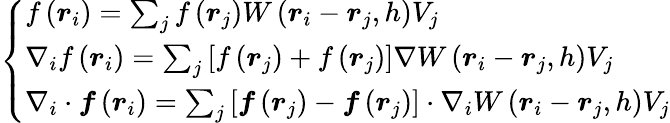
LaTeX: \left\{ \begin{array}{l}{f\left(\boldsymbol{r}_{i}\right)=\sum_{j}f\left(\boldsymbol{r}_{j}\right)W\left(\boldsymbol{r}_{i}-\boldsymbol{r}_{j},h\right)V_{j}}\\ {\nabla_{i}f\left(\boldsymbol{r}_{i}\right)=\sum_{j}\left[f\left(\boldsymbol{r}_{j}\right)+f\left(\boldsymbol{r}_{j}\right)\right]\nabla W\left(\boldsymbol{r}_{i}-\boldsymbol{r}_{j},h\right)V_{j}}\\ {\nabla_{i}\cdot\boldsymbol{f}\left(\boldsymbol{r}_{i}\right)=\sum_{j}\left[\boldsymbol{f}\left(\boldsymbol{r}_{j}\right)-\boldsymbol{f}\left(\boldsymbol{r}_{j}\right)\right]\cdot\nabla_{i}W\left(\boldsymbol{r}_{i}-\boldsymbol{r}_{j},h\right)V_{j}}\end{array}\right.